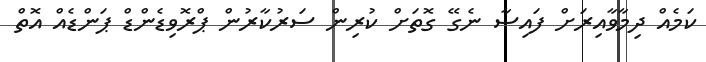
ކަމެއް ދިމާވާއިރަށް ފައިސާ ނެގޭ ގޮތަށް ކުރިން ސަރުކާރުން ޕްރޮވިޑެންޑް ޕަންޑެއް އޮތް